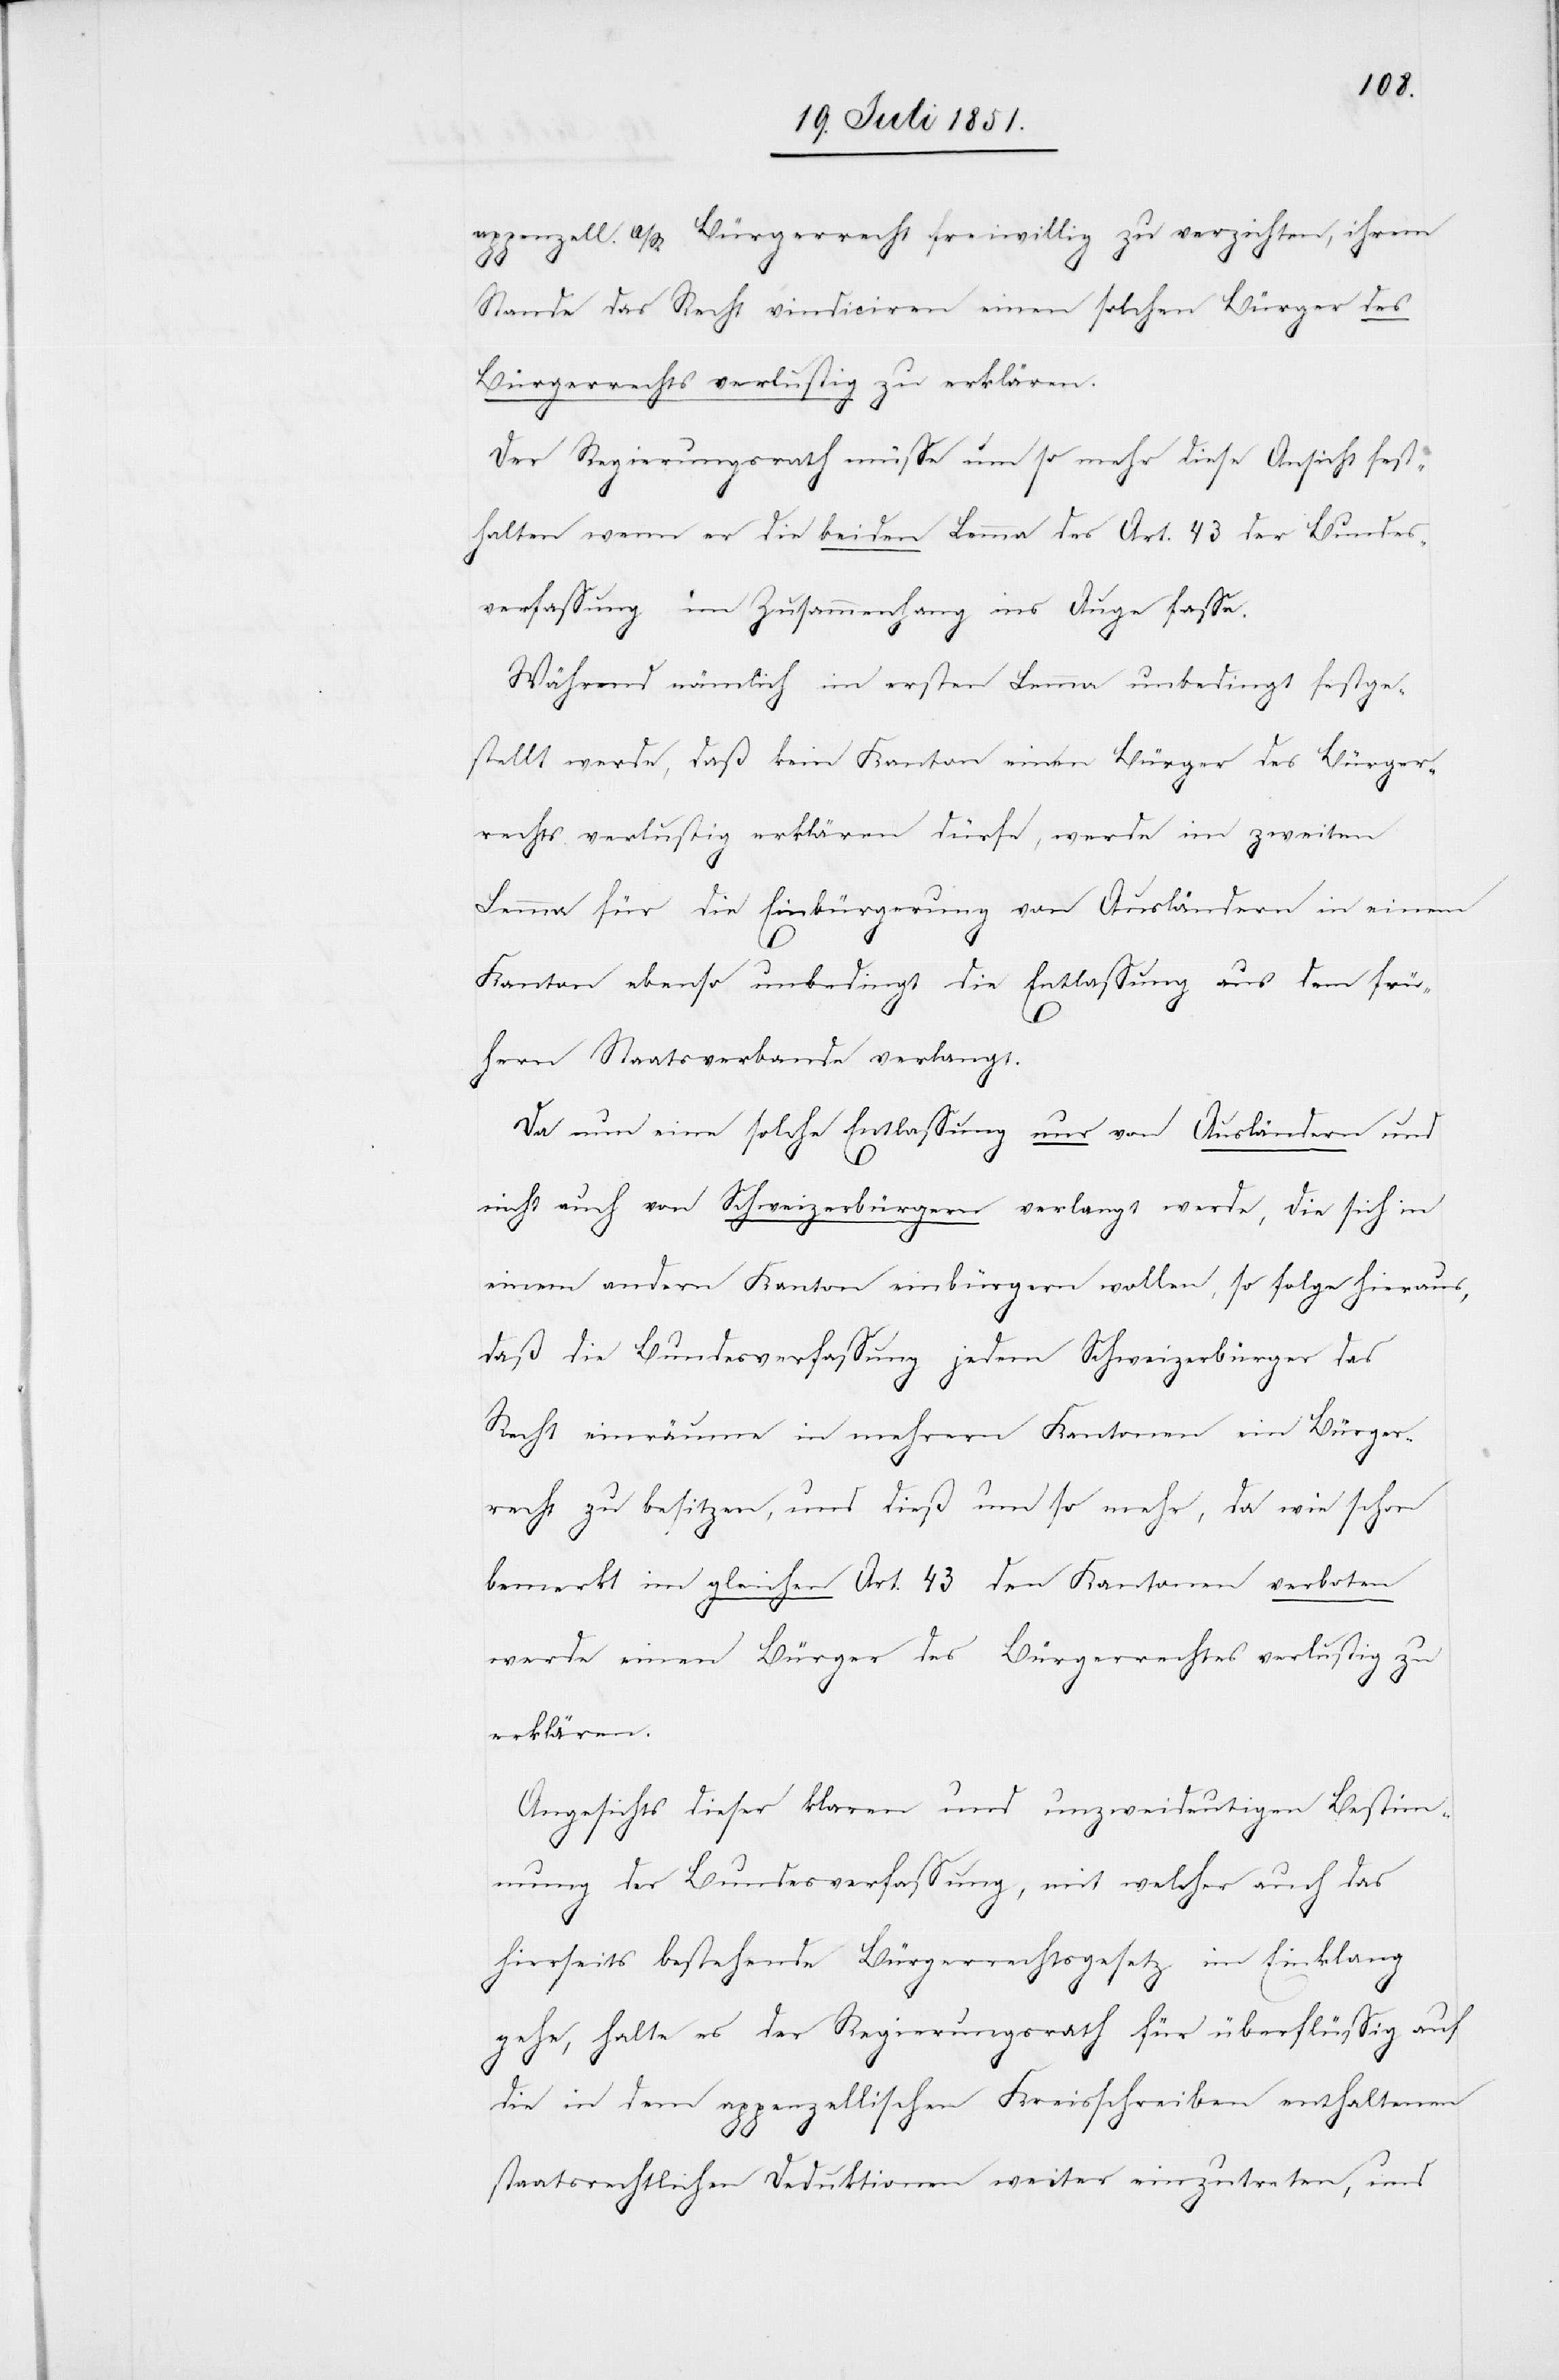
appenzell. A/R Bürgerrecht freiwillig zu verzichten, ihrem
Stande das Recht vindiciren einen solchen Bürger des
Bürgerrechts verlustig zu erklären.
Der Regierungsrath müsse um so mehr diese Ansicht fest¬
halten wenn er die beiden Lemma des Art. 43 der Bundes¬
verfassung im Zusammenhang ins Auge fasse.
Während nämlich im ersten Lemma unbedingt festge¬
stellt werde, daß kein Kanton einen Bürger des Bürger¬
rechts verlustig erklären dürfe, werde im zweiten
Lemma für die Einbürgerung von Ausländern in einem
Kanton ebenso unbedingt die Entlassung aus dem frü¬
hern Staatsverbande verlangt.
Da nun eine solche Entlassung nur von Ausländern und
nicht auch von Schweizerbürgern verlangt werde, die sich in
einem andern Kanton einbürgern wollen, so folge hieraus,
daß die Bundesverfassung jedem Schweizerbürger das
Recht einräume in mehrern Kantonen ein Bürger¬
recht zu besitzen, und dieß um so mehr, da wie schon
bemerkt im gleichen Art. 43 den Kantonen verboten
werde einen Bürger des Bürgerrechtes verlustig zu
erklären.
Angesichts dieser klaren und unzweideutigen Bestim¬
mung der Bundesverfassung, mit welcher auch das
hierseits bestehende Bürgerrechtsgesetz im Einklang
gehe, halte es der Regierungsrath für überflüssig auf
die in dem appenzellischen Kreisschreiben enthaltenen
staatsrechtlichen Deduktionen weiter einzutreten, und